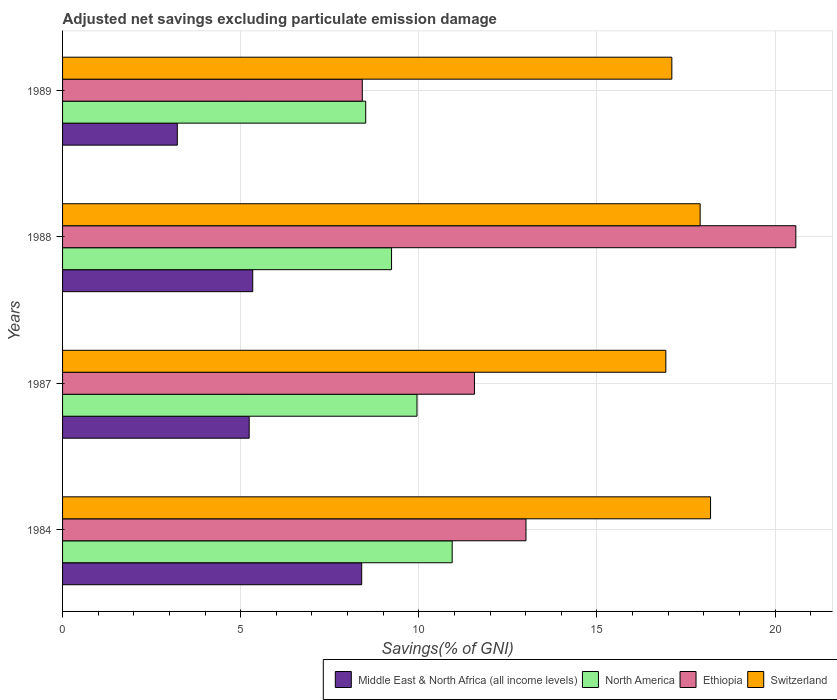
| Years | Middle East & North Africa (all income levels) | North America | Ethiopia | Switzerland |
 | --- | --- | --- | --- | --- |
 | 1984 | 8.4 | 10.9 | 13 | 18.2 |
 | 1987 | 5.24 | 9.95 | 11.6 | 16.9 |
 | 1988 | 5.34 | 9.24 | 20.6 | 17.9 |
 | 1989 | 3.22 | 8.51 | 8.41 | 17.1 |